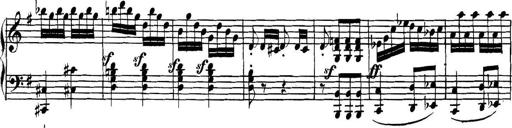
Title: Collected Piano Sonatas
Composer: Muzio Clementi